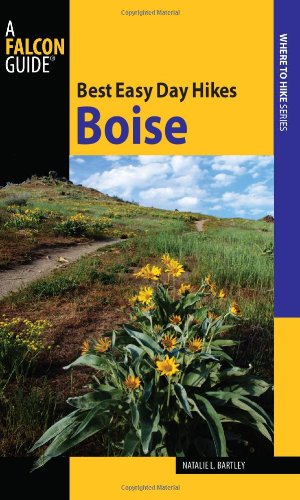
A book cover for Best Easy Day Hikes Boise (Best Easy Day Hikes Series); Natalie Bartley; Travel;